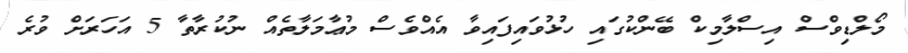
މޯލްޑިވްސް އިސްލާމިކް ބޭންކުގައި ހުޅުވައިފައިވާ އެއްވެސް މުޢާމަލާތެއް ނުކުރާތާ 5 އަހަރަށް ވުރެ